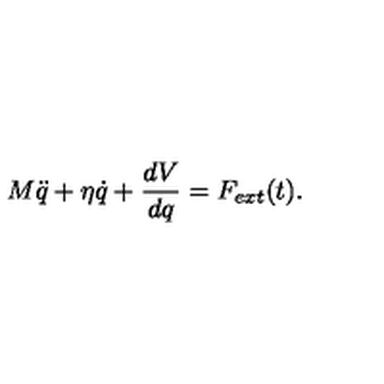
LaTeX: M \ddot { q } + \eta \dot { q } + \frac { d V } { d q } = F _ { e x t } ( t ) .